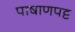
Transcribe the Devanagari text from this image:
पाषाणपट्ट